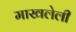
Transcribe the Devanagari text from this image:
माखलेली